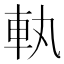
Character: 𮜿